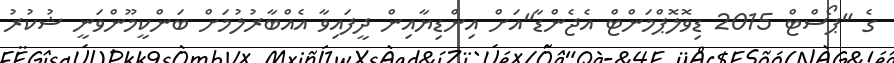
ގެ "ޕޯސްޓް 2015 ޑިވޮލޮޕްމަންޓް އެޖެންޑާ"އަށް އިންޑިޔާއިން ދީފައިވާ އެއްބާރުލުމަށް ބަންކީމޫންވަނީ ޝުކުރު